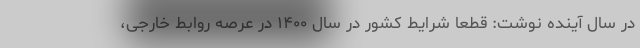
در سال آینده نوشت: قطعا شرایط کشور در سال ۱۴۰۰ در عرصه روابط خارجی،